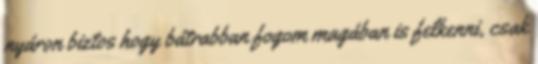
nyáron biztos hogy bátrabban fogom magában is felkenni, csak